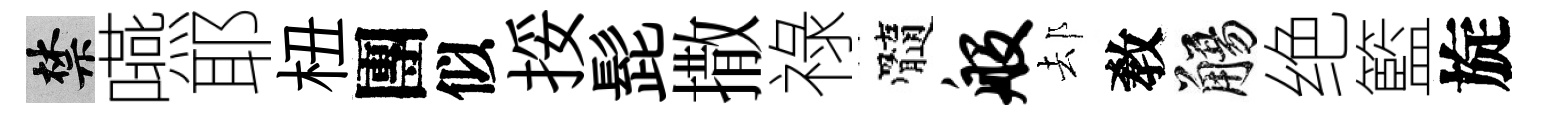
禁嚥耶杻團似挼髭撒祿髓般𨚫敎觴绝籃旋